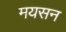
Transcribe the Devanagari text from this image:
मयसन